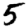
Digit: 5